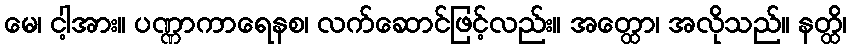
မေ၊ ငါ့အား။ ပဏ္ဏာကာရေနစ၊ လက်ဆောင်ဖြင့်လည်း။ အတ္ထော၊ အလိုသည်။ နတ္ထိ၊